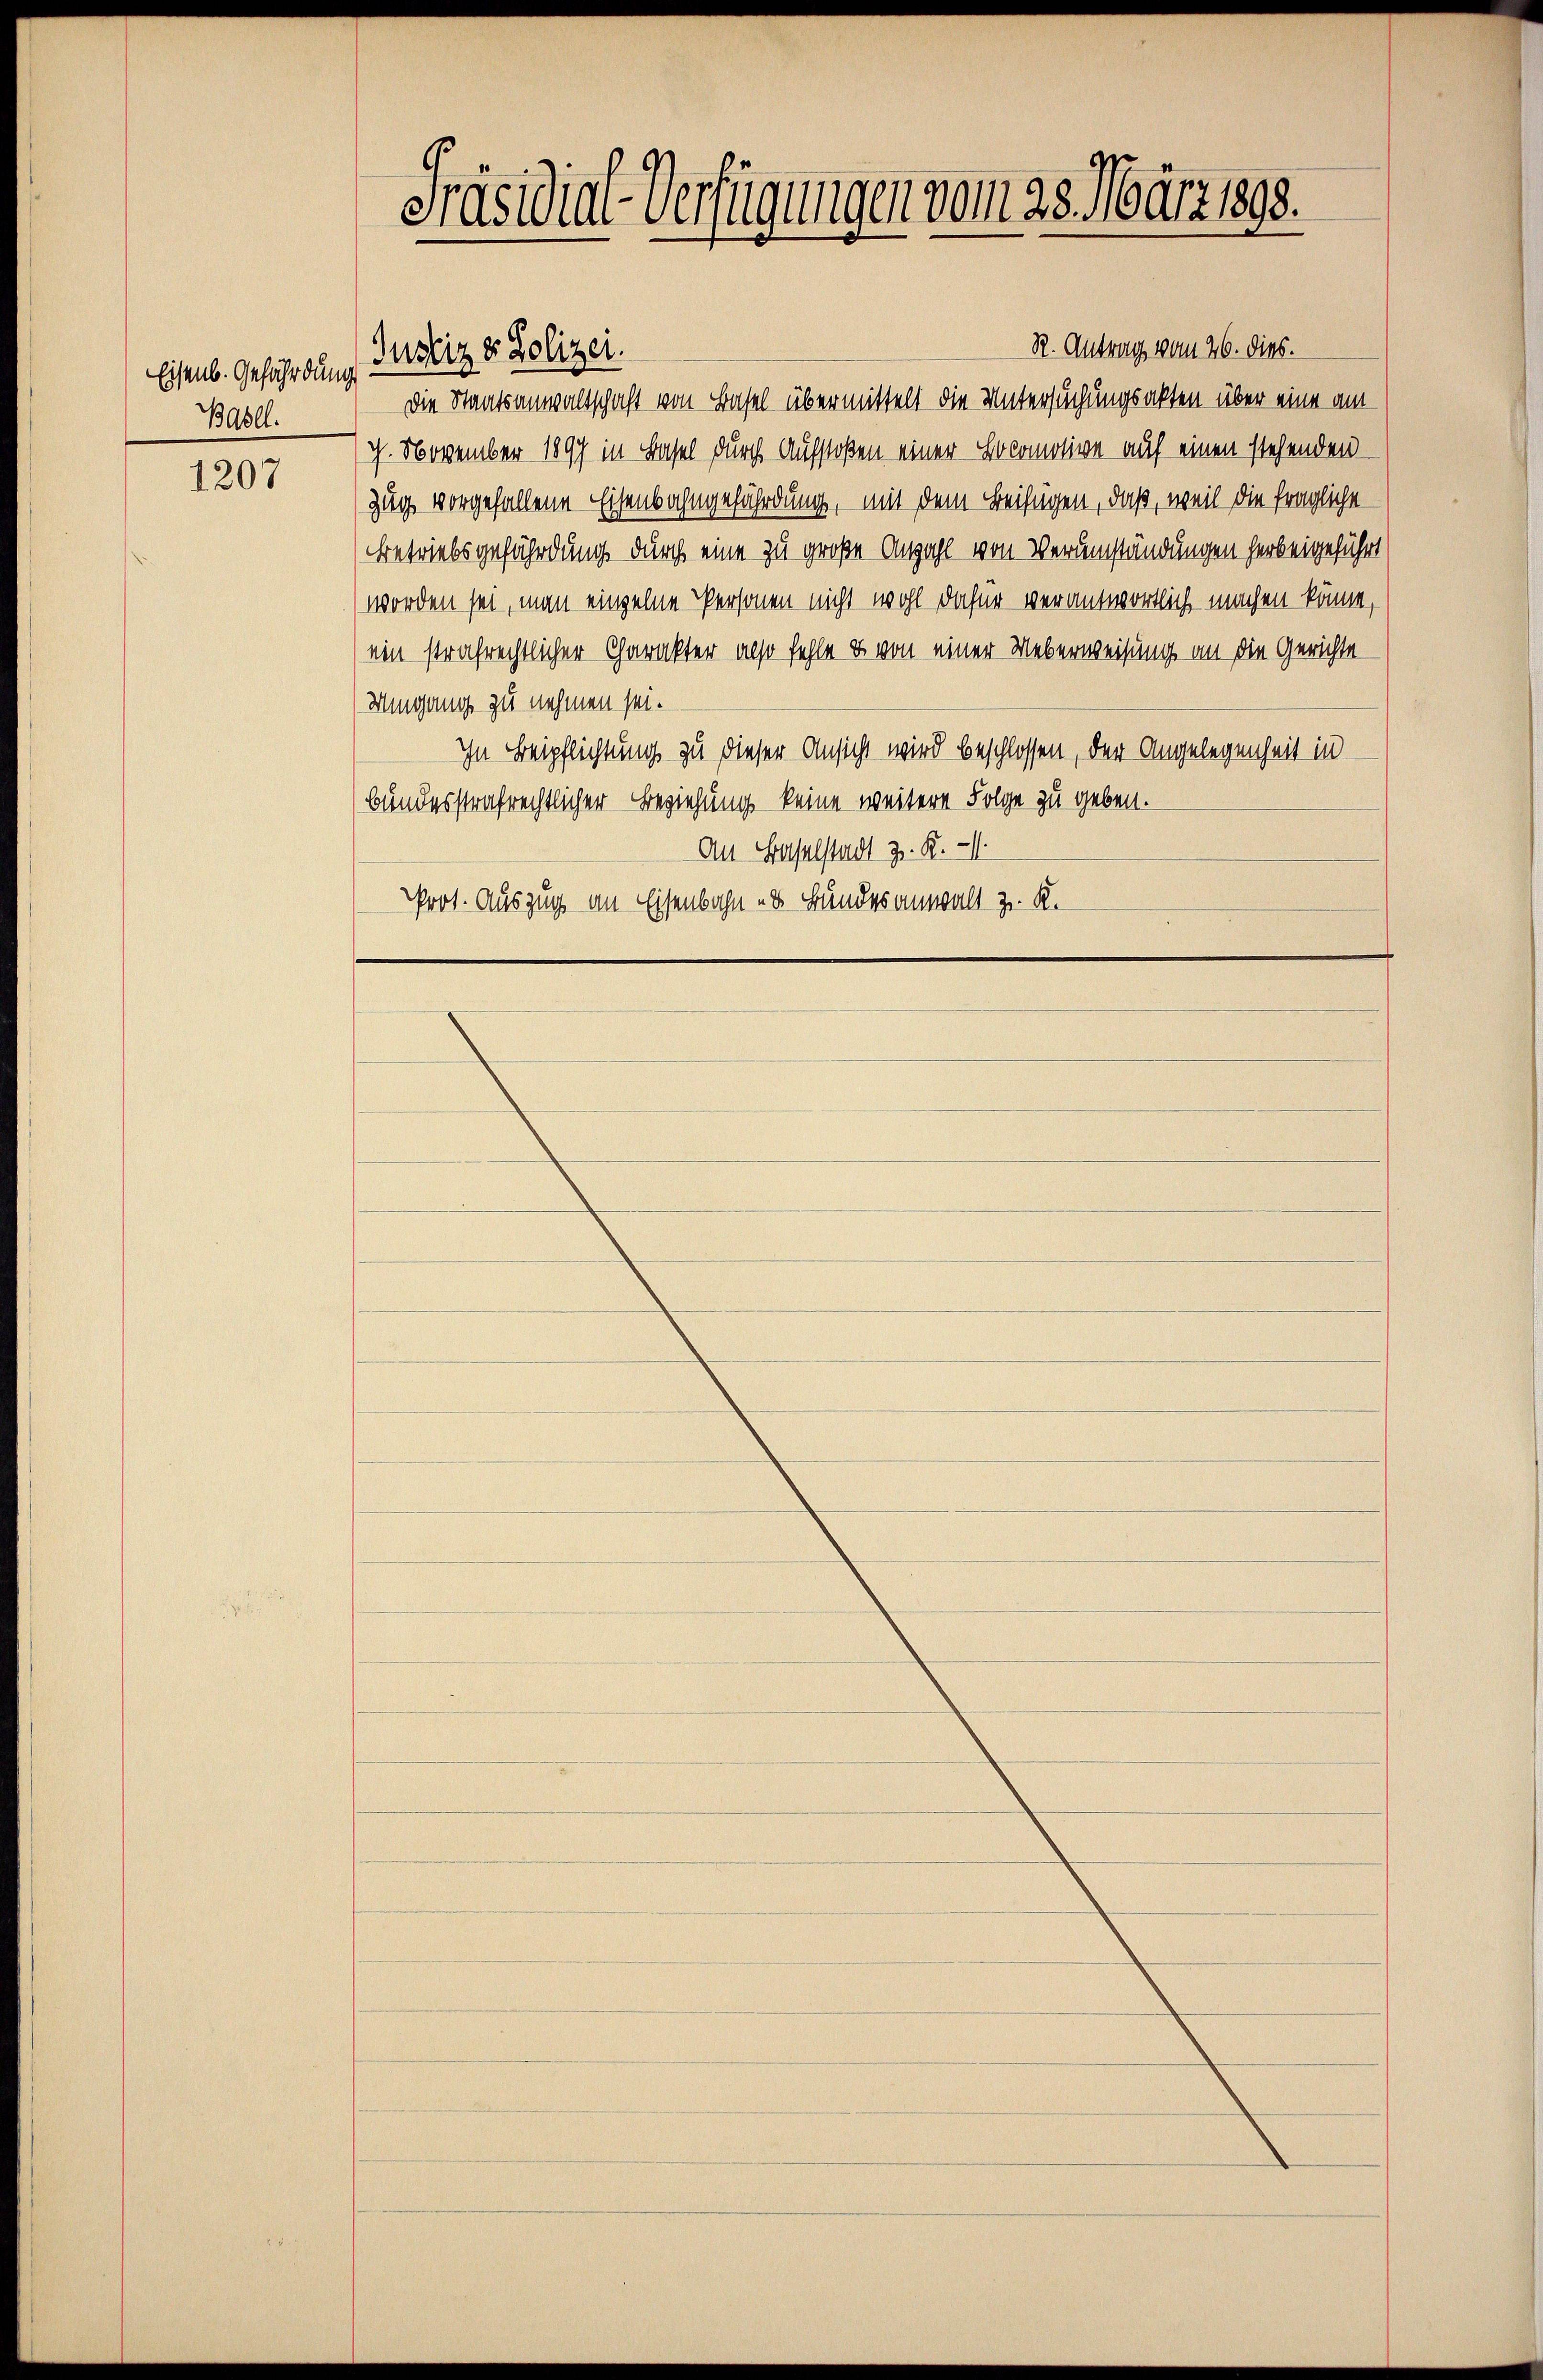
Eisenb. Gefährdung
Basll.

1207

Präsidial-Verfügungen vom 23. März 1890.

R. Antrag vom 26. dies.
Justiz & Polizei.
Die Staatsanwaltschaft von Basel übermittelt die Untersuchungsakten über eine am
7. November 1897 in Basel durch Aufstoßen einer Lokomotive auf einen stehenden
Zug vorgefallene Eisenbahngefährdung, mit dem Beifügen, daß, weil die fragliche
Betriebsgefährdung durch eine zu große Anzahl von Verumständungen herbeigeführt
worden sei, man einzelne Personen nicht wohl dafür verantwortlich machen könne,
ein strafrechtlicher Charakter also fehle & von einer Ueberweisung an die Gerichte
Umgang zu nehmen sei.
In Beipflichtung zu dieser Ansicht wird beschlossen, der Angelegenheit in
bundesstrafrechtlicher Beziehung keine weitere Folge zu geben.
An Baselstadt z. R.
Prot. Auszug an Eisenbahn u. Bundesanwalt z. R.